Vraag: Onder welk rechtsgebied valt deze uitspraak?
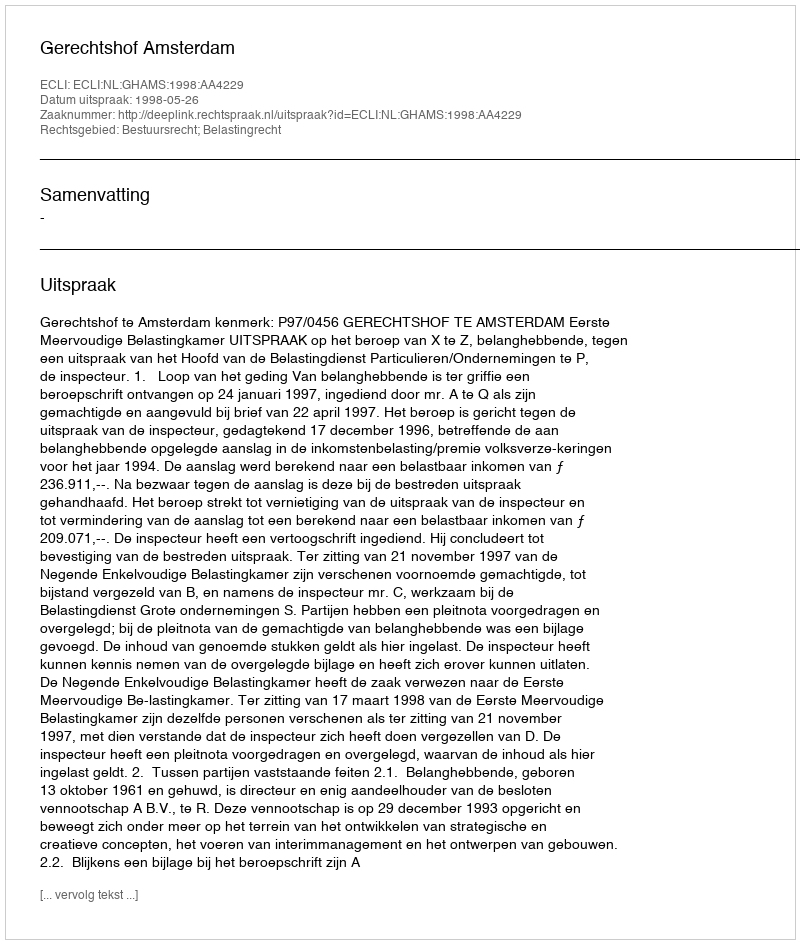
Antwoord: Bestuursrecht; Belastingrecht